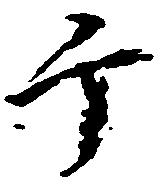
ヶ